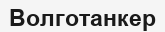
Волготанкер